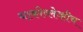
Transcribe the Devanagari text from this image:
याकोव्लेव्हीच